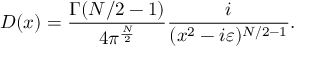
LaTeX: D ( x ) = \frac { \Gamma ( N / 2 - 1 ) } { 4 \pi ^ { \frac { N } { 2 } } } \frac { i } { ( x ^ { 2 } - i \varepsilon ) ^ { N / 2 - 1 } } .